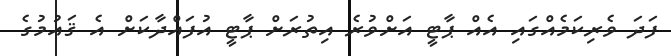
ފަދަ ވެރިކަމެއްގައި އެއް ޕާޓީ އަށްވުރެ އިތުރަށް ޕާޓީ އުފައްދާކަށް އެ ޤައުމުގެ